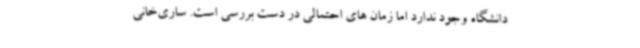
دانشگاه وجود ندارد اما زمان های احتمالی در دست بررسی است. ساری‌خانی